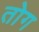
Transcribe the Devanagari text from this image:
तोग